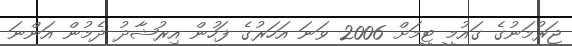
ޖަރުމަނުގެ ގައުމީ ޓީމަށް 2006 ވަނަ އަހަރުގެ ފަހުން އިރުޝާދު ދެމުން އަންނަ